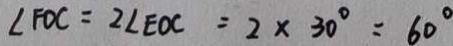
\angle F O C = 2 \angle E O C = 2 \times 3 0 ^ { \circ } = 6 0 ^ { \circ }